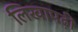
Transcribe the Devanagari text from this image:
लिखापढ़ी